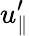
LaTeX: u_{\parallel}^{\prime}